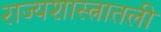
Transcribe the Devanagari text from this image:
राज्यशास्त्रातली